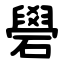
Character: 礐